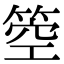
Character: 箜